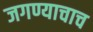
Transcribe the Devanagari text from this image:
जगण्याचाच